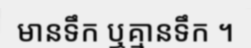
មានទឹក ឬគ្មានទឹក ។